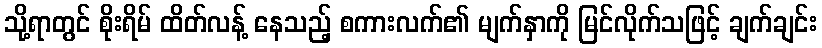
သို့ရာတွင် စိုးရိမ် ထိတ်လန့် နေသည့် စကားလက်၏ မျက်နှာကို မြင်လိုက်သဖြင့် ချက်ချင်း